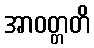
အာဝတ္တတိ